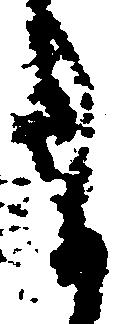
ま